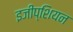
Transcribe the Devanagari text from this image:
इजीप्शियन